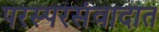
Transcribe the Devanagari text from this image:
परस्परसंवादात